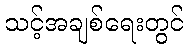
သင့်အချစ်ရေးတွင်